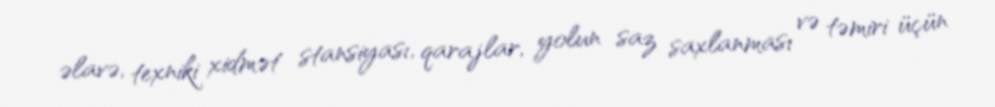
əlavə, texniki xidmət stansiyası, qarajlar, yolun saz saxlanması və təmiri üçün